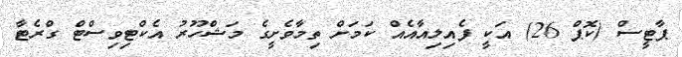
ޕާޓީސް (ކޮޕް 26) އަކީ ފެއިލިއާއެއް ކަމަށް ތިމާވެށީގެ މަޝްހޫރު އެކްޓިވިސްޓް ގްރެޓާ